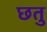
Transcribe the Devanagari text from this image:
छतु